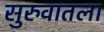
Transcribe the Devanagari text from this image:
सुरुवातला